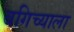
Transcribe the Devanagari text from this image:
बगिच्याला